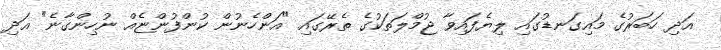
އަދި ހަބަރުގެ މައިގަނޑުގައި ލިޔެފައިވާ ޖުމްލަތަކުގެ ތެރޭގައި "އަންހެނުން ކުންފުންޏެއް ނުހިންގާނެ" އަދި